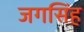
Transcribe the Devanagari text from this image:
जगसिंह